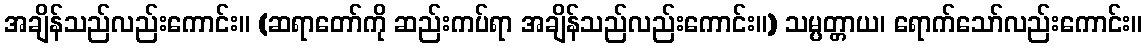
အချိန်သည်လည်းကောင်း။ (ဆရာတော်ကို ဆည်းကပ်ရာ အချိန်သည်လည်းကောင်း။) သမ္ပတ္တာယ၊ ရောက်သော်လည်းကောင်း။